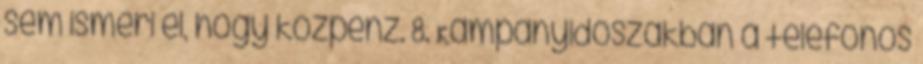
sem ismeri el, hogy közpénz. 8. Kampányidőszakban a telefonos